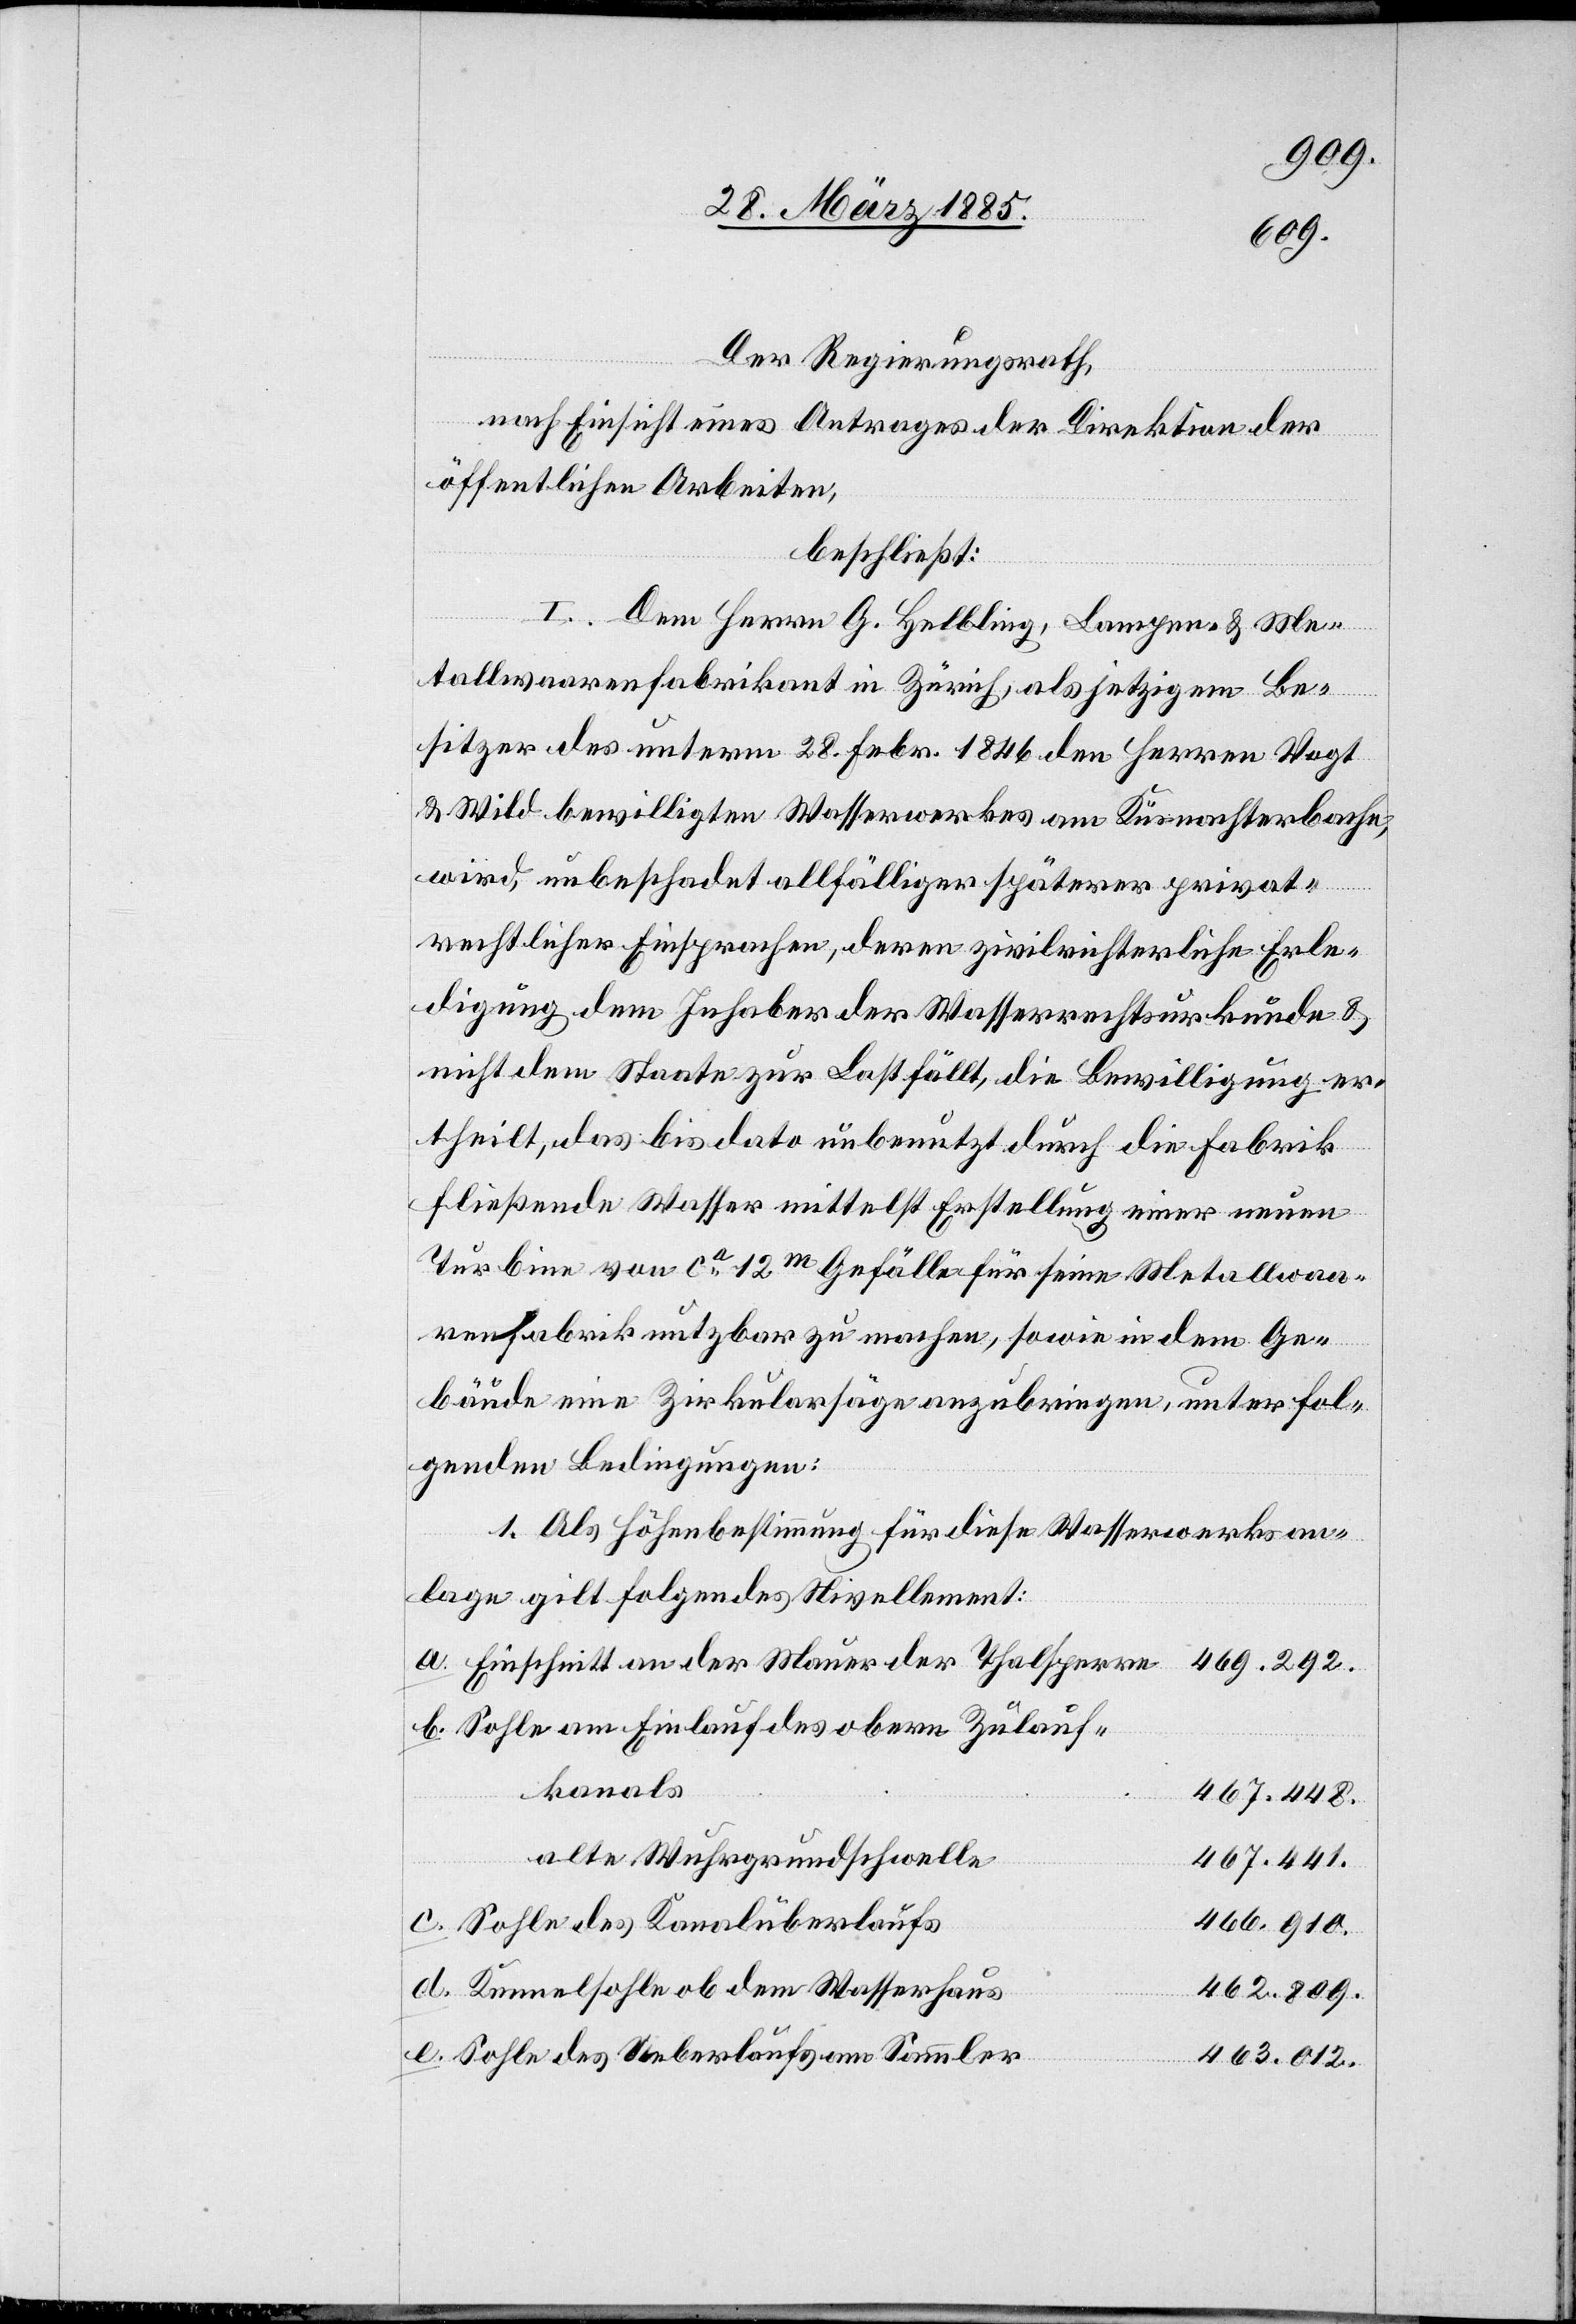
469.292.
Der Regierungsrath,
nach Einsicht eines Antrages der Direktion der
öffentlichen Arbeiten,
beschließt:
I. Dem Herrn G. Helbling, Lampen- & Me¬
tallwaarenfabrikant in Zürich, als jetzigen Be¬
sitzer des unterm 28. Febr. 1846 den Herren Vogt
& Wild bewilligten Wasserwerkes am Küsnachterbache,
wird, unbeschadet allfälliger späterer privat¬
der
rechtlicher Einsprachen, deren zivilrichterliche Erle¬
digung dem Inhaber der Wasserrechtsurkunde &
nicht dem Staate zur Last fällt, die Bewilligung er¬
theilt, das bis dato unbenutzt durch die Fabrik
fließende Wasser mittelst Erstellung einer neuen
Turbine von ca 12m Gefälle für seine Metallwaa¬
renfabrik nutzbar zu machen, sowie in dem Ge¬
bäude eine Zirkularsäge anzubringen, unter fol¬
genden Bedingungen:
1. Als Höhenbestimmung für diese Wasserwerksan¬
lage gilt folgendes Nivellement:
Sohle am Einlauf des obern Zulauf¬
kanals
467.448.
alte Wuhrgrundschwelle
467.441.
Sohle des Kanalüberlaufs
466.910.
Kennelsohle ob dem Wasserhaus
462.809.
Sohle des Ueberlaufs am Sammler
463.012.